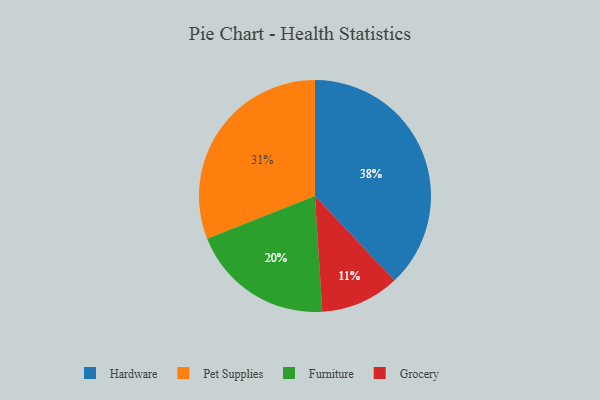
{"axis": {"x": "Category", "y": "Percentage"}, "legend": ["Furniture", "Grocery", "Hardware", "Pet Supplies"], "data": [{"x": "Grocery", "y": 11, "type": "Grocery"}, {"x": "Hardware", "y": 38, "type": "Hardware"}, {"x": "Pet Supplies", "y": 31, "type": "Pet Supplies"}, {"x": "Furniture", "y": 20, "type": "Furniture"}]}